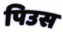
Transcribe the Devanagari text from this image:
पिउस